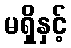
မရှိနှင့်